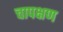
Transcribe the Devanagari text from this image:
चापक्षण